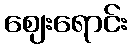
ဈေးရောင်း